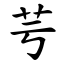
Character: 芌